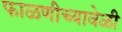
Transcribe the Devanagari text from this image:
फाळणीच्यावेळी